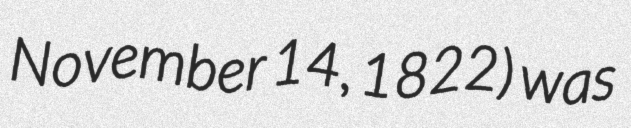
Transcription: November 14, 1822) was